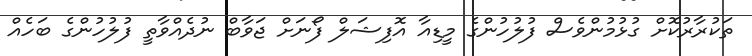
ތަކުރާރުކޮށް ގުޅުމުންވެސް ފުލުހުންގެ މީޑިއާ އޮފިޝަލް ފޯނަށް ޖަވާބް ނުދެއްވާތީ ފުލުހުންގެ ބަހެއް